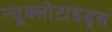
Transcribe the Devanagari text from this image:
न्यूक्लोटाइड्स